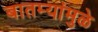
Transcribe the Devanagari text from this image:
बातम्यांमुळे